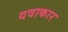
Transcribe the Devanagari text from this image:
यवाकार